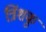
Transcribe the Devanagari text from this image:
त्रिंशकु